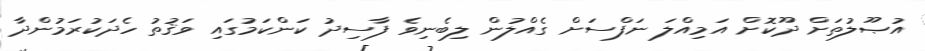
އުޞޫލުތަށް ދޫކޮށް އަމިއްލަ ނަފްސަށް ގެއްލުން ލިބެނިވެ ފާސިދު ކަންކަމުގައި ވަޤުތު ހެދަކުރަމުންދާ